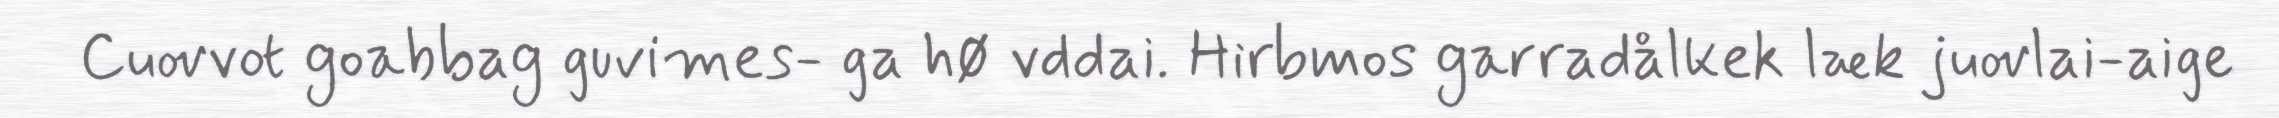
Cuovvot goabbag guvimes- ga hø vddai. Hirbmos garradålkek læk juovlai-aige